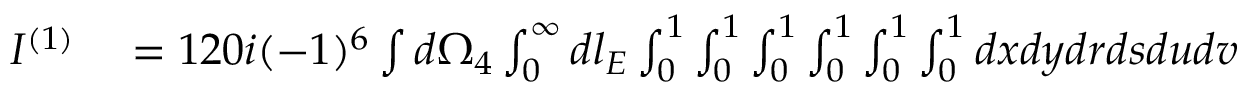
\begin{array} { r l } { I ^ { ( 1 ) } } & { { } = 1 2 0 i ( - 1 ) ^ { 6 } \int d \Omega _ { 4 } \int _ { 0 } ^ { \infty } d l _ { E } \int _ { 0 } ^ { 1 } \int _ { 0 } ^ { 1 } \int _ { 0 } ^ { 1 } \int _ { 0 } ^ { 1 } \int _ { 0 } ^ { 1 } \int _ { 0 } ^ { 1 } d x d y d r d s d u d v } \end{array}